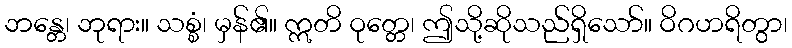
ဘန္တေ၊ ဘုရား။ သစ္စံ၊ မှန်၏။ ဣတိ ဝုတ္တေ၊ ဤသို့ဆိုသည်ရှိသော်။ ဝိဂဟရိတွာ၊